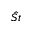
\hat { S t }